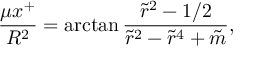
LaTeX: { \frac { \mu x ^ { + } } { R ^ { 2 } } } = \arctan { \frac { \tilde { r } ^ { 2 } - 1 / 2 } { \tilde { r } ^ { 2 } - \tilde { r } ^ { 4 } + \tilde { m } } } ,